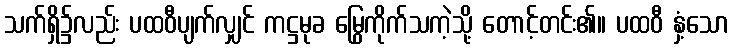
သက်ရှိ၌လည်း ပထဝီပျက်လျှင် ကဋ္ဌမုခ မြွေကိုက်သကဲ့သို့ တောင့်တင်း၏။ ပထဝီ နှံ့သော